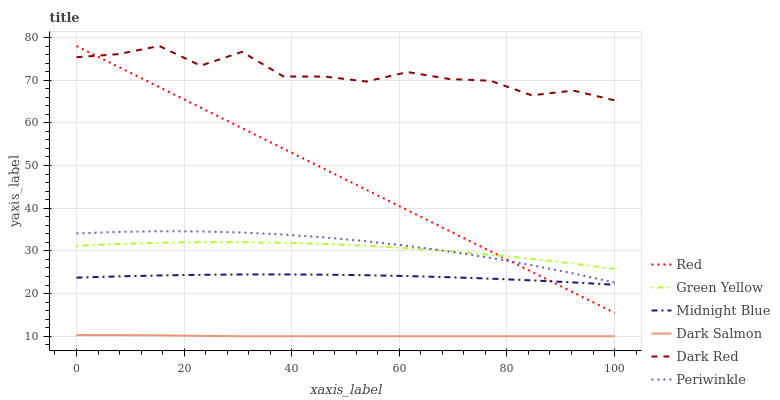
| xaxis_label | Red | Green Yellow | Midnight Blue | Dark Salmon | Dark Red | Periwinkle |
 | --- | --- | --- | --- | --- | --- | --- |
 | 0 | 78 | 31.2 | 23.7 | 10.3 | 75.4 | 34.1 |
 | 7.69 | 73.2 | 31.6 | 24 | 10.3 | 76.1 | 34.4 |
 | 15.4 | 68.4 | 31.9 | 24.2 | 10.2 | 78 | 34.6 |
 | 23.1 | 63.6 | 32 | 24.4 | 10.1 | 73.4 | 34.6 |
 | 30.8 | 58.8 | 32 | 24.5 | 10 | 76.6 | 34.3 |
 | 38.5 | 54 | 31.9 | 24.5 | 10 | 70.9 | 33.8 |
 | 46.2 | 49.1 | 31.6 | 24.4 | 10 | 70.8 | 33.2 |
 | 53.8 | 44.3 | 31.2 | 24.3 | 10 | 69.7 | 32.3 |
 | 61.5 | 39.5 | 30.6 | 24.1 | 10 | 71.9 | 31.2 |
 | 69.2 | 34.7 | 29.9 | 23.8 | 10 | 70.3 | 29.9 |
 | 76.9 | 29.9 | 29.1 | 23.5 | 10 | 69.9 | 28.4 |
 | 84.6 | 25.1 | 28.1 | 23.1 | 10 | 66.4 | 26.6 |
 | 92.3 | 20.3 | 27 | 22.6 | 10 | 67.6 | 24.7 |
 | 100 | 15.5 | 25.8 | 22.1 | 10 | 65.3 | 22.6 |